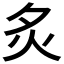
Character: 𬉹